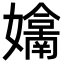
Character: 𭒬